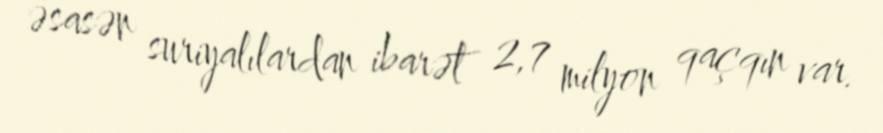
əsasən suriyalılardan ibarət 2,7 milyon qaçqın var.